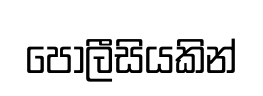
පොලීසියකින්